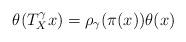
LaTeX: \begin{align*} \theta(T_X^\gamma x) = \rho_\gamma(\pi(x)) \theta(x) \end{align*}